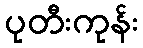
ပုတီးကုန်း